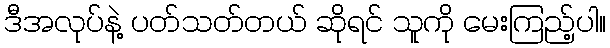
ဒီအလုပ်နဲ့ ပတ်သတ်တယ် ဆိုရင် သူကို မေးကြည့်ပါ။